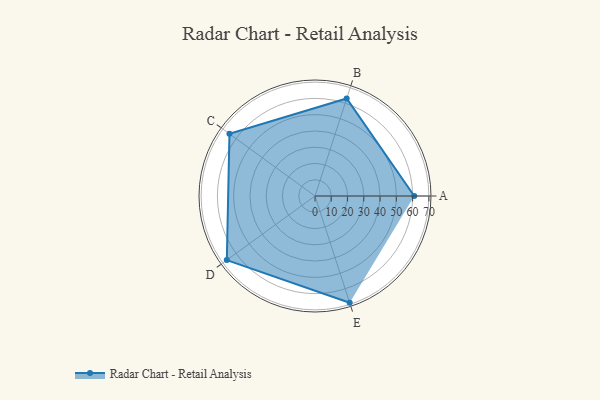
{"axis": {"x": "Skill", "y": "Score"}, "legend": ["Profile"], "data": [{"x": "A", "y": 61.0, "type": "Profile"}, {"x": "B", "y": 63.0, "type": "Profile"}, {"x": "C", "y": 65.0, "type": "Profile"}, {"x": "D", "y": 67.0, "type": "Profile"}, {"x": "E", "y": 69.0, "type": "Profile"}]}